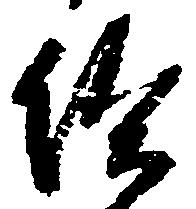
給